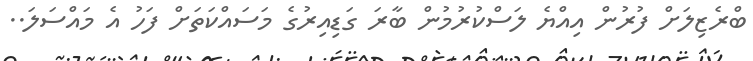
ބްރެޒިލަށް ފުރުން އިއްޔެ ލަސްކުރުމުން ބާރަ ގަޑިއިރުގެ މަސައްކަތަށް ފަހު އެ މައްސަލަ..